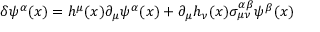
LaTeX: \delta \psi ^ { \alpha } ( x ) = h ^ { \mu } ( x ) \partial _ { \mu } \psi ^ { \alpha } ( x ) + \partial _ { \mu } h _ { \nu } ( x ) \sigma _ { \mu \nu } ^ { \alpha \beta } \psi ^ { \beta } ( x )